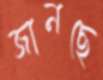
জানছে